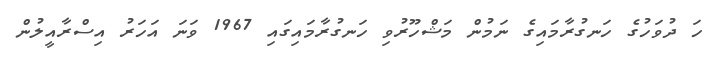
ހަ ދުވަހުގެ ހަނގުރާމައިގެ ނަމުން މަޝްހޫރުވި ހަނގުރާމައިގައި 1967 ވަނަ އަހަރު އިސްރާއީލުން